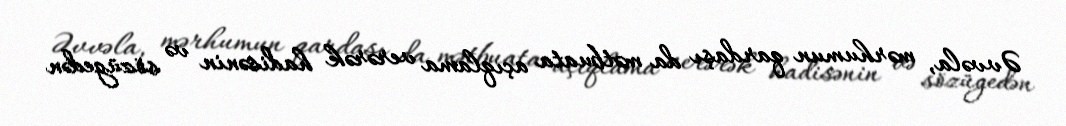
Əvvəla, mərhumun qardaşı da mətbuata açıqlama verərək hadisənin və sözügedən